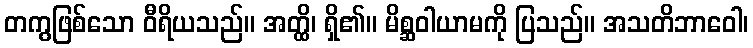
တကွဖြစ်သော ဝီရိယသည်။ အတ္ထိ၊ ရှိ၏။ မိစ္ဆဝါယာမကို ပြသည်။ အသတိဘာဝေါ၊